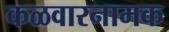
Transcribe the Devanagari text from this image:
कळवारनामक